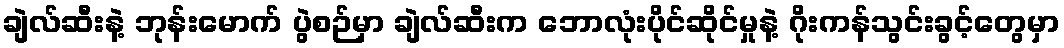
ချဲလ်ဆီးနဲ့ ဘုန်းမောက် ပွဲစဉ်မှာ ချဲလ်ဆီးက ဘောလုံးပိုင်ဆိုင်မှုနဲ့ ဂိုးကန်သွင်းခွင့်တွေမှာ